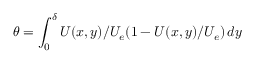
\theta = \int _ { 0 } ^ { \delta } U ( x , y ) / U _ { e } ( 1 - U ( x , y ) / U _ { e } ) \, d y